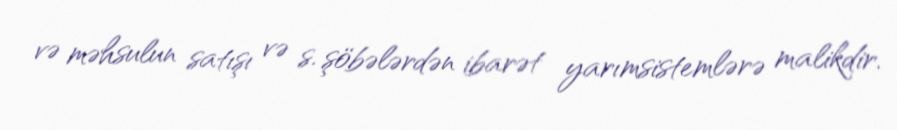
və məhsulun satışı və s. şöbələrdən ibarət yarımsistemlərə malikdir.